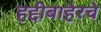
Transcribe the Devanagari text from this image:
हद्दीबाहेरचे